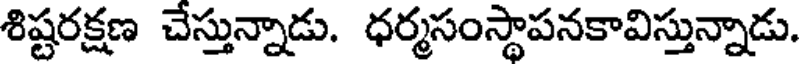
శిష్టరక్షణ చేస్తున్నాడు. ధర్మసంస్థాపనకావిస్తున్నాడు.